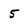
Character: 5